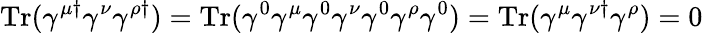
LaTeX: \mathrm{Tr}(\gamma^{\mu\dagger}\gamma^{\nu}\gamma^{\rho\dagger})=\mathrm{Tr}(\gamma^{0}\gamma^{\mu}\gamma^{0}\gamma^{\nu}\gamma^{0}\gamma^{\rho}\gamma^{0})=\mathrm{Tr}(\gamma^{\mu}\gamma^{\nu\dagger}\gamma^{\rho})=0